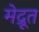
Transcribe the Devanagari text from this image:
मेद्रूत